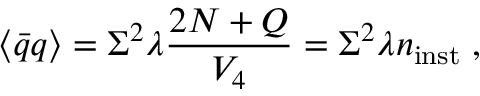
\langle \bar { q } q \rangle = \Sigma ^ { 2 } \lambda { \frac { 2 N + Q } { V _ { 4 } } } = \Sigma ^ { 2 } \lambda n _ { \mathrm { i n s t } } \; ,